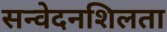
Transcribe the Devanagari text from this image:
सन्वेदनशिलता